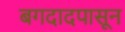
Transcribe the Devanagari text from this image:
बगदादपासून